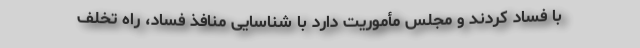
با فساد کردند و مجلس مأموریت دارد با شناسایی منافذ فساد، راه تخلف